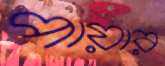
পায়ার